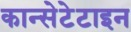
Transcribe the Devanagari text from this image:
कान्सेटेटाइन